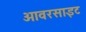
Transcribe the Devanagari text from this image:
ओवरसाइट